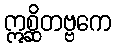
ဣစ္ဆိတဗ္ဗကေ